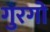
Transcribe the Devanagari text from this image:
गुरगो